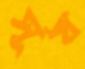
র্সূয